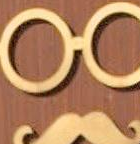
9